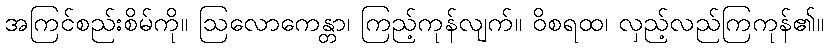
အကြင်စည်းစိမ်ကို။ ဩလောကေန္တာ၊ ကြည့်ကုန်လျက်။ ဝိစရထ၊ လှည့်လည်ကြကုန်၏။